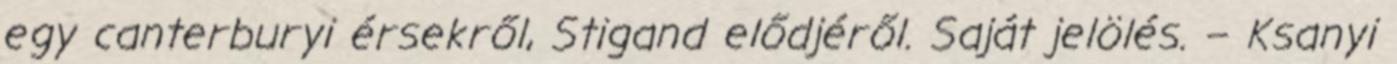
egy canterburyi érsekről, Stigand elődjéről. Saját jelölés. – Ksanyi